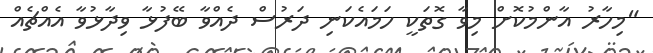
"މިހާރު އާންމުކޮށް މިވާ ގޮތަކީ ހަމައެކަނި ދަރުސް ދެއްވާ ބޭފުޅާ ވިދާޅުވާ އެއްޗެއް